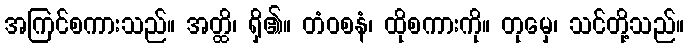
အကြင်စကားသည်။ အတ္ထိ၊ ရှိ၏။ တံဝစနံ၊ ထိုစကားကို။ တုမှေ၊ သင်တို့သည်။